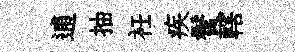
逋抽衽疾鬢轄